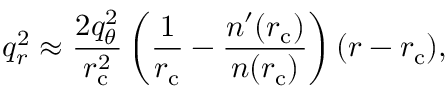
q _ { r } ^ { 2 } \approx \frac { 2 q _ { \theta } ^ { 2 } } { r _ { \mathrm { c } } ^ { 2 } } \left( \frac { 1 } { r _ { \mathrm { c } } } - \frac { n ^ { \prime } ( r _ { \mathrm { c } } ) } { n ( r _ { \mathrm { c } } ) } \right) ( r - r _ { \mathrm { c } } ) ,